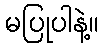
မပြုပါနဲ့။